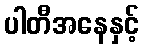
ပါတီအနေနှင့်